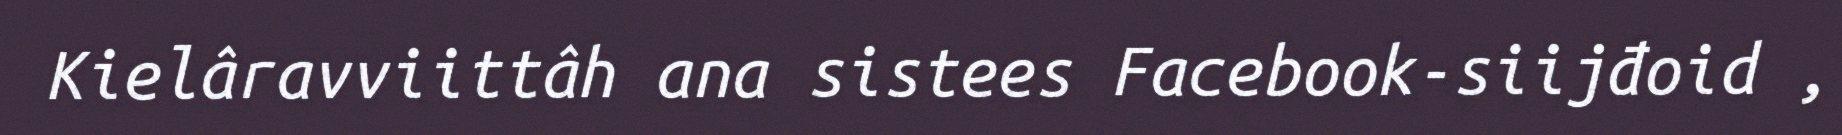
Kielâravviittâh ana sistees Facebook-siijđoid ,